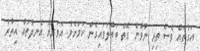
އަގުތައް ވެސް ތިރި ނުވާނެ ގޮތް ބައްލަވައިގެން ކަމަށެވެ. އެވަރަށް އެނދުތައް އިތުރު